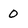
Character: 0